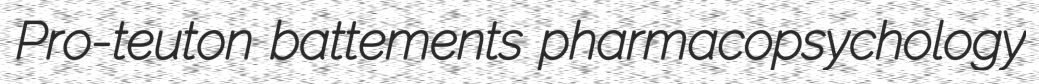
Pro-teuton battements pharmacopsychology